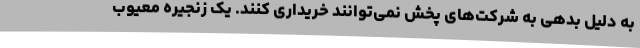
به دلیل بدهی به شرکت‌های پخش نمی‌توانند خریداری کنند. یک زنجیره معیوب